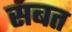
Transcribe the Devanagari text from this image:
सबत